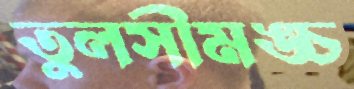
তুলসীমঙ্চ